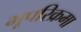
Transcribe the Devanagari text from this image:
भूपरिक्रमा